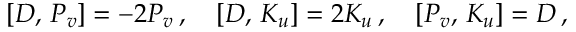
{ } [ D , \, P _ { v } ] = - 2 P _ { v } \, , \quad { } [ D , \, K _ { u } ] = 2 K _ { u } \, , \quad { } [ P _ { v } , \, K _ { u } ] = D \, ,